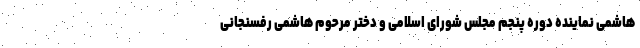
هاشمی نماینده دوره پنجم مجلس شورای اسلامی و دختر مرحوم هاشمی رفسنجانی